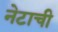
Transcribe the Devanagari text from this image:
नेटाची